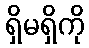
ရှိမရှိကို